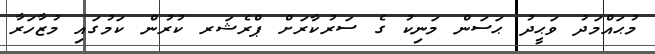
މުޙައްމަދު ވަޙީދު ޙަސަން މަނިކު ގެ ސަރުކާރަށް ޕްރެޝަރ ކުރުން ކަމުގައި މުޒާހަރާ